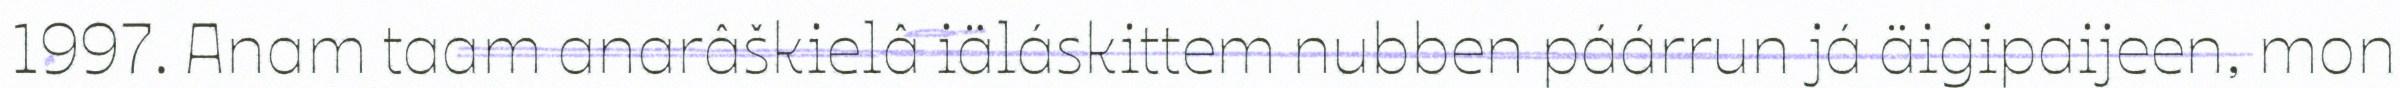
1997. Anam taam anarâškielâ iäláskittem nubben páárrun já äigipaijeen, mon